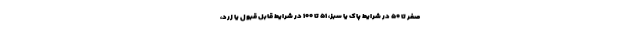
صفر تا ۵۰ در شرایط پاک یا سبز، ۵۱ تا ۱۰۰ در شرایط قابل قبول یا زرد،